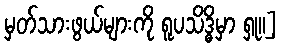
မှတ်သားဖွယ်များကို ရူပသိဒ္ဓိမှာ ရှု။]